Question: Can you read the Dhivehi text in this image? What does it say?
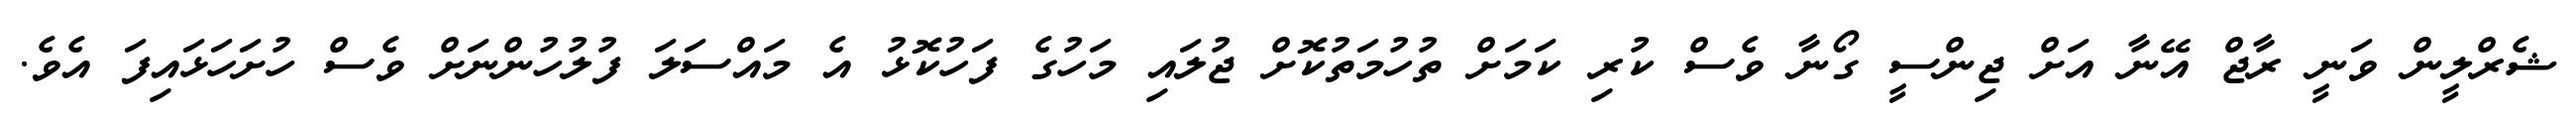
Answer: ޝެރްލީން ވަނީ ރާޖް އޭނާ އަށް ޖިންސީ ގޯނާ ވެސް ކުރި ކަމަށް ތުހުމަތުކޮށް ޖުލައި މަހުގެ ފަހުކޮޅު އެ މައްސަލަ ފުލުހުންނަށް ވެސް ހުށަހަޅައިފަ އެވެ.